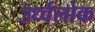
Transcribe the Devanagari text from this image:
उर्ध्वलोक